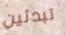
تبدئين